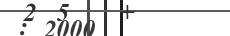
: 2000